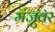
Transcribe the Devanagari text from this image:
मंजुवर